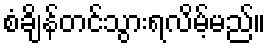
စံချိန်တင်သွားရလိမ့်မည်။